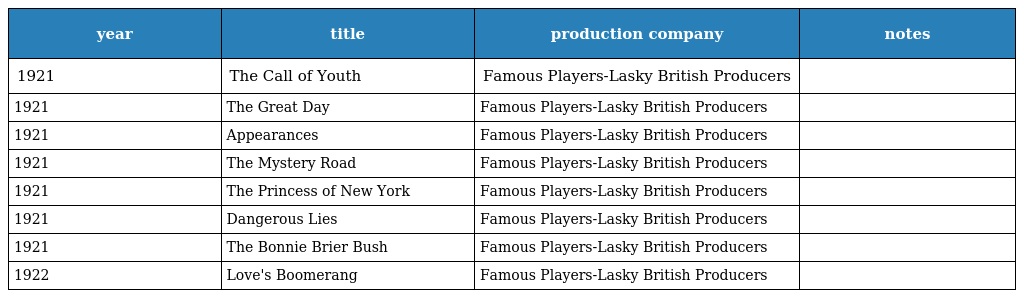
| year | title | production company | notes |
 | --- | --- | --- | --- |
 | 1921 | The Call of Youth | Famous Players-Lasky British Producers |  |
 | 1921 | The Great Day | Famous Players-Lasky British Producers |  |
 | 1921 | Appearances | Famous Players-Lasky British Producers |  |
 | 1921 | The Mystery Road | Famous Players-Lasky British Producers |  |
 | 1921 | The Princess of New York | Famous Players-Lasky British Producers |  |
 | 1921 | Dangerous Lies | Famous Players-Lasky British Producers |  |
 | 1921 | The Bonnie Brier Bush | Famous Players-Lasky British Producers |  |
 | 1922 | Love's Boomerang | Famous Players-Lasky British Producers |  |